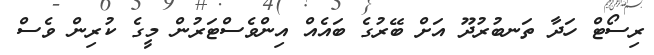
ރިސޯޓް ހަދާ ތަނބުރުދޫ އަށް ބޭރުގެ ބައެއް އިންވެސްޓަރުން މީގެ ކުރިން ވެސް